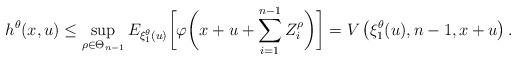
LaTeX: \begin{align*}h^\theta(x,u)\le \sup_{\rho\in \Theta_{n-1}} E_{\xi_1^\theta(u)}\biggl[\varphi\biggl(x+u+\sum_{i=1}^{n-1} Z_i^{\rho}\biggr)\biggr]=V\left(\xi_1^\theta(u),n-1,x+u\right).\end{align*}